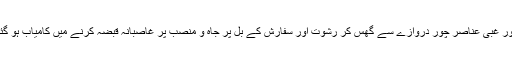
نا اہل اور غبی عناصر چور دروازے سے گھس کر رشوت اور سفارش کے بل پر جاہ و منصب پر غاصبانہ قبضہ کرنے میں کامیاب ہو گئے ہیں۔